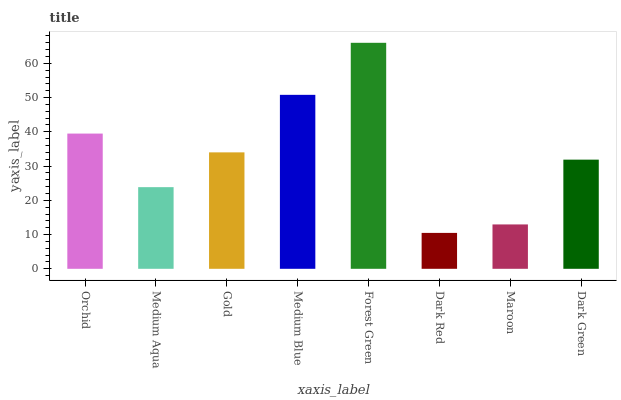
| xaxis_label | bars |
 | --- | --- |
 | Orchid | 39.5 |
 | Medium Aqua | 23.8 |
 | Gold | 34 |
 | Medium Blue | 50.8 |
 | Forest Green | 66 |
 | Dark Red | 10.5 |
 | Maroon | 13 |
 | Dark Green | 31.9 |